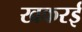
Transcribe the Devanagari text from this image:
खकरई